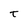
Character: t